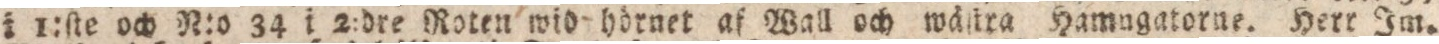
i 1:ſte och N:o 34 i 2:dre Roten wid hörnet af Wall och wältra Hamugatorne. Herr Im.